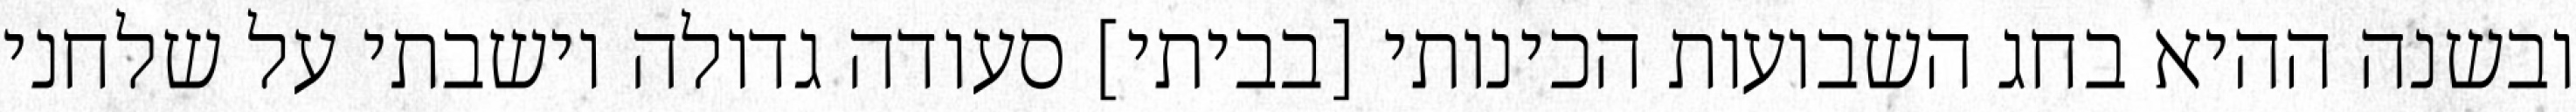
ובשנה ההיא בחג השבועות הכינותי [בביתי] סעודה גדולה וישבתי על שלחני